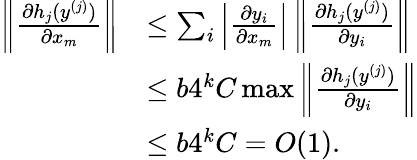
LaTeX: \begin{array}{rl}{\left\lVert\frac{\partial h_{j}(y^{(j)})}{\partial x_{m}}\right\rVert}&{\leq\sum_{i}\Big|\frac{\partial y_{i}}{\partial x_{m}}\Big|\left\lVert\frac{\partial h_{j}(y^{(j)})}{\partial y_{i}}\right\rVert}\\ &{\leq b4^{k}C\operatorname*{max}\left\lVert\frac{\partial h_{j}(y^{(j)})}{\partial y_{i}}\right\rVert}\\ &{\leq b4^{k}C=O(1).}\end{array}